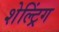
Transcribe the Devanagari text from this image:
शेल्ट्रिंग